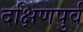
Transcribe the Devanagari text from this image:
दक्षिणपुर्व